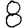
Digit: 8